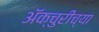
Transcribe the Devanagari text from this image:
ॲक्चुरींच्या